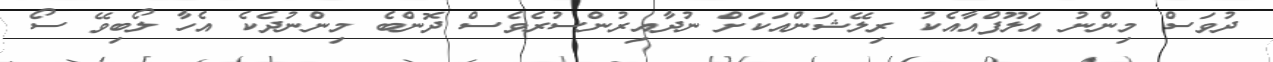
ދުވަސް މިންނު އަލޫފްއާއެކު ރިލޭޝަންއަކަށް ނުދާއިރުންސުރެވެސް ދޮންބެ މިންނުދެކެ އެހާ ލޯބިވޭ ސޯ